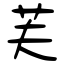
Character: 芙